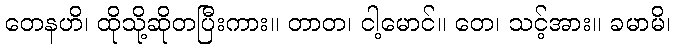
တေနဟိ၊ ထိုသို့ဆိုတပြီးကား။ တာတ၊ ငါ့မောင်။ တေ၊ သင့်အား။ ခမာမိ၊